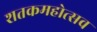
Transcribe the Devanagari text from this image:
शतकमहोत्सव